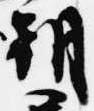
朝